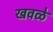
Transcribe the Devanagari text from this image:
खवळे